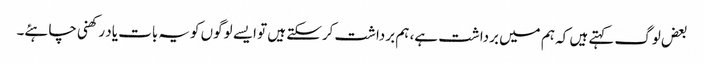
بعض لوگ کہتے ہیں کہ ہم میں برداشت ہے، ہم برداشت کرسکتے ہیں تو ایسے لوگوں کویہ بات یاد رکھنی چاہئے۔